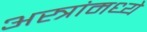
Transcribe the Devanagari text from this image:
अस्त्रांमध्ये